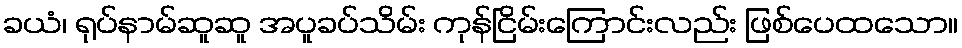
ခယံ၊ ရုပ်နာမ်ဆူဆူ အပူခပ်သိမ်း ကုန်ငြိမ်းကြောင်းလည်း ဖြစ်ပေထသော။